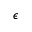
\epsilon